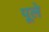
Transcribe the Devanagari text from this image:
पूले